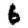
Digit: 6